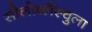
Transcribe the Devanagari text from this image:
सीलोब्लैस्चुला